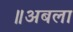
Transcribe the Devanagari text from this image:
॥अबला